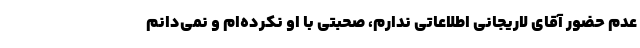
عدم حضور آقای لاریجانی اطلاعاتی ندارم، صحبتی با او نکرده‌ام و نمی‌دانم